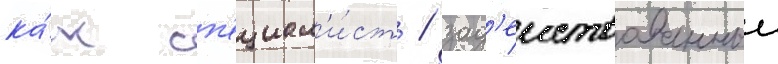
ка́к сп'ециал'и́ст / зад'еиствованныи